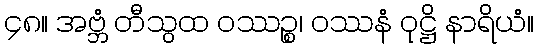
၄၈။ အဗ္ဘံ တီသွထ ဝဿဉ္စ၊ ဝဿနံ ဝုဋ္ဌိ နာရိယံ။